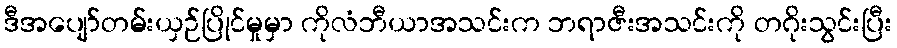
ဒီအပျော်တမ်းယှဉ်ပြိုင်မှုမှာ ကိုလံဘီယာအသင်းက ဘရာဇီးအသင်းကို တဂိုးသွင်းပြီး